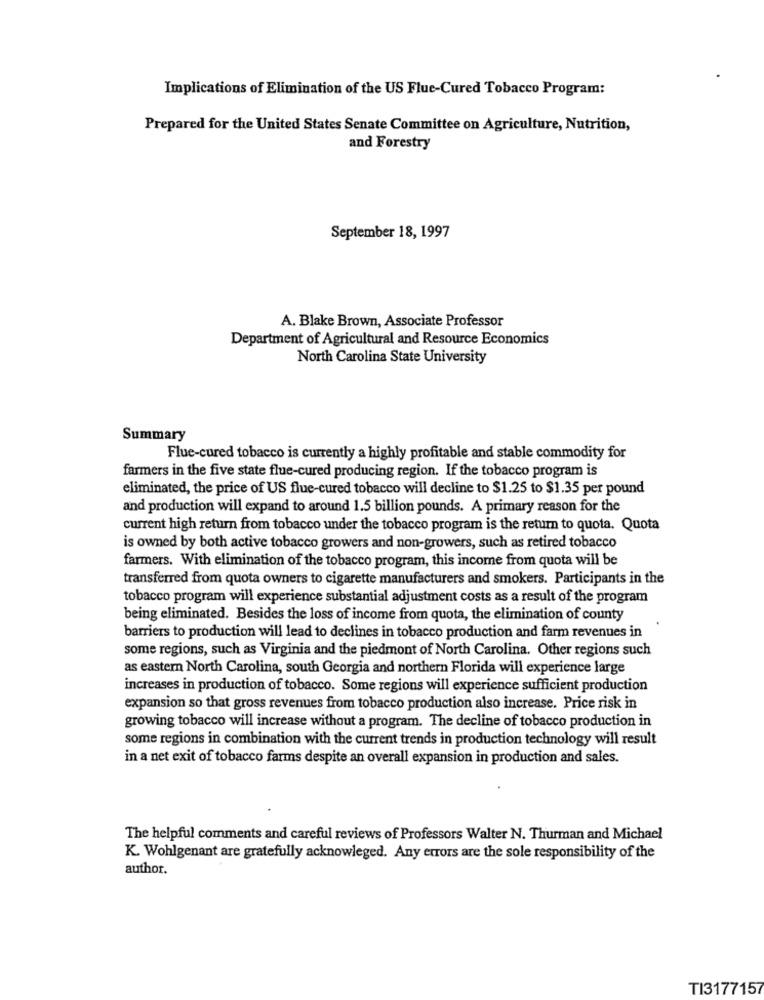
Implications of Elimination of the US Flue-Cured Tobacco Program:
Prepared for the United States Senate Committee on Agriculture, Nutrition,
and Forestry
September 18, 1997
A. Blake Brown, Associate Professor
Department of Agricultural and Resource Economics
North Carolina State University
Summary
Flue-cured tobacco is currently a highly profitable and stable commodity for
farmers in the five state flue-cured producing region. If the tobacco program is
eliminated, the price of US flue-cured tobacco will decline to $1.25 to $1.35 per pound
and production will expand to around 1.5 billion pounds. A primary reason for the
current high return from tobacco under the tobacco program is the retur to quota. Quota
is owned by both active tobacco growers and non-growers, such as retired tobacco
farmers. With elimination of the tobacco program, this income from quota will be
transferred from quota owners to cigarette manufacturers and smokers. Participants in the
tobacco program will experience substantial adjustment costs as a result of the program
being eliminated. Besides the loss of income from quota, the elimination of county
barriers to production will lead to declines in tobacco production and farm revenues in
some regions, such as Virginia and the piedmont of North Carolina. Other regions such
as eastern North Carolina, south Georgia and northern Florida will experience large
increases in production of tobacco. Some regions will experience sufficient production
expansion so that gross revenues from tobacco production also increase. Price risk in
growing tobacco will increase without a program. The decline of tobacco production in
some regions in combination with the current trends in production technology will result
in a net exit of tobacco farms despite an overall expansion in production and sales.
The helpful comments and careful reviews of Professors Walter N. Thurman and Michael
K. Wohlgenant are gratefully acknowleged. Any errors are the sole responsibility of the
author.
TI3177157